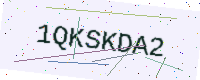
Text: 1QKSKDA2